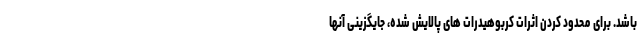
باشد. برای محدود کردن اثرات کربوهیدرات های پالایش شده، جایگزینی آنها